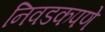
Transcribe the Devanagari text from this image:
निवडकपणे